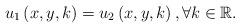
LaTeX: \begin{align*}u_{1}\left( x,y,k\right) =u_{2}\left( x,y,k\right) ,\forall k\in \mathbb{R}.\end{align*}